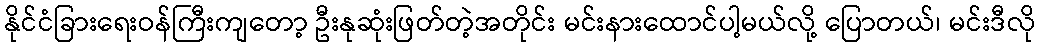
နိုင်ငံခြားရေးဝန်ကြီးကျတော့ ဦးနုဆုံးဖြတ်တဲ့အတိုင်း မင်းနားထောင်ပါ့မယ်လို့ ပြောတယ်၊ မင်းဒီလို